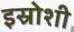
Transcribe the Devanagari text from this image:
इस्रोशी